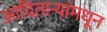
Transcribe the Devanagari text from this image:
आदितार्‍यांमधून